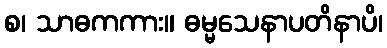
စ၊ သာဓကကား။ ဓမ္မသေနာပတိနာပိ၊